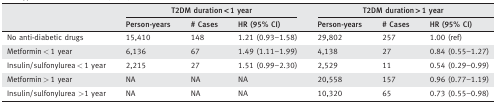
<table><thead><tr><td></td><td colspan="3"><b>T2DM duration &lt; 1 year</b></td><td colspan="3"><b>T2DM duration &gt; 1 year</b></td></tr><tr><td></td><td><b>Person‐years</b></td><td><b># Cases</b></td><td><b>HR (95% CI)</b></td><td><b>Person‐years</b></td><td><b># Cases</b></td><td><b>HR (95% CI)</b></td></tr></thead><tbody><tr><td>No anti‐diabetic drugs</td><td>15,410</td><td>148</td><td>1.21 (0.93–1.58)</td><td>29,802</td><td>257</td><td>1.00 (ref)</td></tr><tr><td>Metformin &lt; 1 year</td><td>6,136</td><td>67</td><td>1.49 (1.11–1.99)</td><td>4,138</td><td>27</td><td>0.84 (0.55–1.27)</td></tr><tr><td>Insulin/sulfonylurea &lt; 1 year</td><td>2,215</td><td>27</td><td>1.51 (0.99–2.30)</td><td>2,529</td><td>11</td><td>0.54 (0.29–0.99)</td></tr><tr><td>Metformin &gt; 1 year</td><td>NA</td><td>NA</td><td>NA</td><td>20,558</td><td>157</td><td>0.96 (0.77–1.19)</td></tr><tr><td>Insulin/sulfonylurea &gt;1 year</td><td>NA</td><td>NA</td><td>NA</td><td>10,320</td><td>65</td><td>0.73 (0.55–0.98)</td></tr></tbody></table>